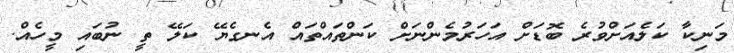
މަނިކާ ކަލެއަށްވުރެ ބޮޑަށް އަހަރުމެންނަށް ކަންތައްތައް އެނގެޔޭ ކަލޭ ތީ ނުބައި މީހެއް.